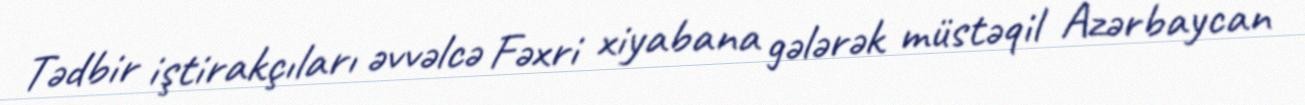
Tədbir iştirakçıları əvvəlcə Fəxri xiyabana gələrək müstəqil Azərbaycan